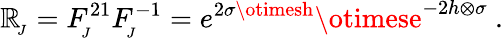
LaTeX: \mathbb{R}_{_{\! J}}=F_{_{\! J}}^{21}F_{_{\! J}}^{-1}=e^{2\sigma\otimesh}\otimese^{-2h\otimes\sigma}~.